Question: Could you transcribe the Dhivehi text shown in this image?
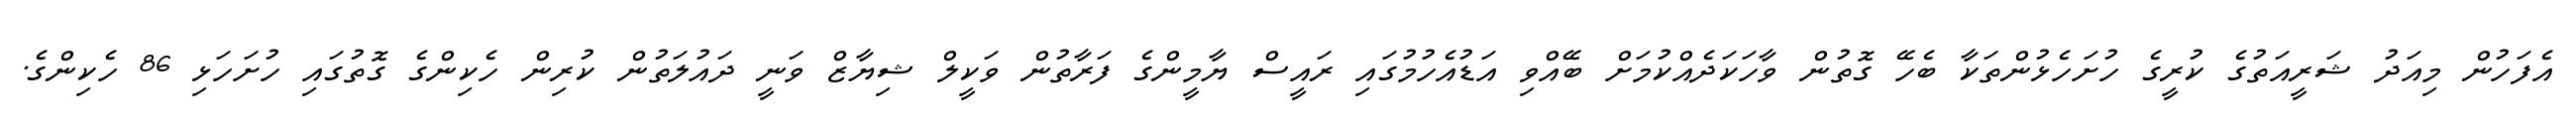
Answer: އެފަހުން މިއަދު ޝަރީއަތުގެ ކުރީގެ ހުށަހެޅުންތަކާ ބެހޭ ގޮތުން ވާހަކަދެއްކުމަށް ބޭއްވި އަޑުއެހުމުގައި ރައީސް ޔާމީންގެ ފަރާތުން ވަކީލް ޝިޔާޒް ވަނީ ދައުލަތުން ކުރިން ހެކިންގެ ގޮތުގައި ހުށަހަޅި 86 ހެކިންގެ.